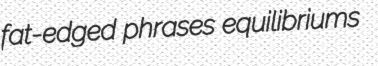
fat-edged phrases equilibriums